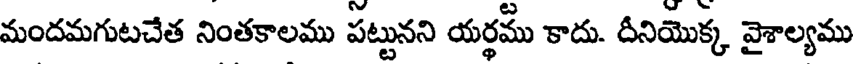
మందమగుటచేత నింతకాలము పట్టునని యర్థము కాదు. దీనియొక్క వైశాల్యము